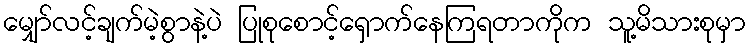
မျှော်လင့်ချက်မဲ့စွာနဲ့ပဲ ပြုစုစောင့်ရှောက်နေကြရတာကိုက သူ့မိသားစုမှာ